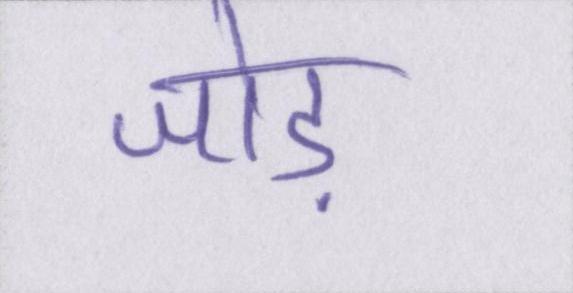
जोड़